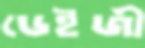
ডেইজী